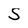
Character: S